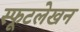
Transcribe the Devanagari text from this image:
स्फूटलेखन